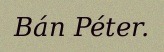
Bán Péter.